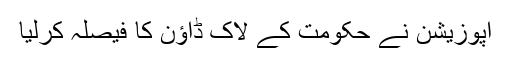
اپوزیشن نے حکومت کے لاک ڈاؤن کا فیصلہ کرلیا